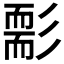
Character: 𦓘